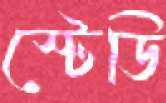
স্টেডি